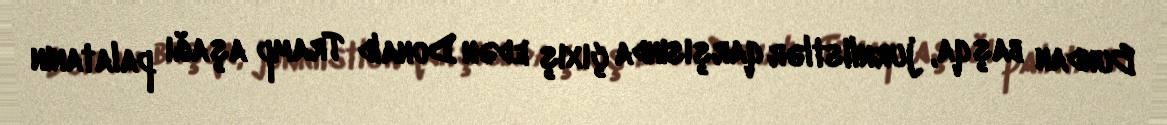
Bundan başqa, jurnlistlər qarşısında çıxış edən Donald Tramp aşağı palatanın